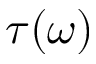
\tau ( \omega )